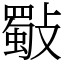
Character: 斀